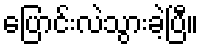
ပြောင်းလဲသွားခဲ့ပြီ။